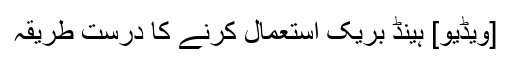
[ویڈیو] ہینڈ بریک استعمال کرنے کا درست طریقہ